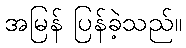
အမြန် ပြန်ခဲ့သည်။